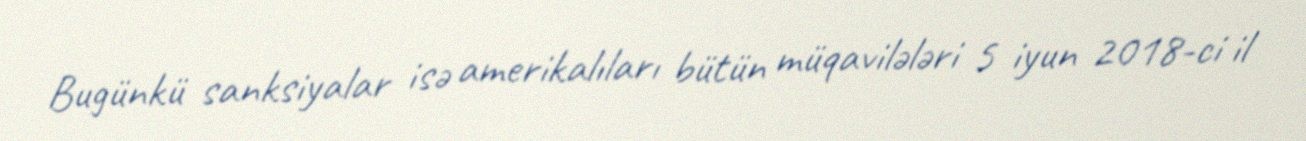
Bugünkü sanksiyalar isə amerikalıları bütün müqavilələri 5 iyun 2018-ci il